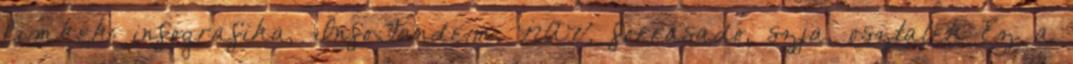
Cimkék: infografika, InfoTandem, NAV, forrásadó, szja, osztalék Ez a